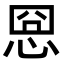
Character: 𢚊